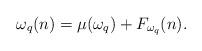
LaTeX: \begin{align*}\omega_q(n) = \mu(\omega_q) + F_{\omega_q}(n).\end{align*}